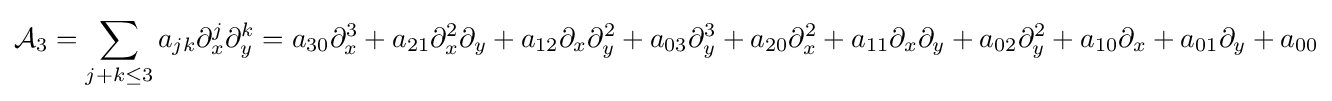
{\mathcal {A}}_{3}=\sum _{j+k\leq 3}a_{jk}\partial _{x}^{j}\partial _{y}^{k}=a_{30}\partial _{x}^{3}+a_{21}\partial _{x}^{2}\partial _{y}+a_{12}\partial _{x}\partial _{y}^{2}+a_{03}\partial _{y}^{3}+a_{20}\partial _{x}^{2}+a_{11}\partial _{x}\partial _{y}+a_{02}\partial _{y}^{2}+a_{10}\partial _{x}+a_{01}\partial _{y}+a_{00}